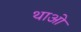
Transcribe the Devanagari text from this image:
थाओ